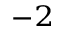
^ { - 2 }